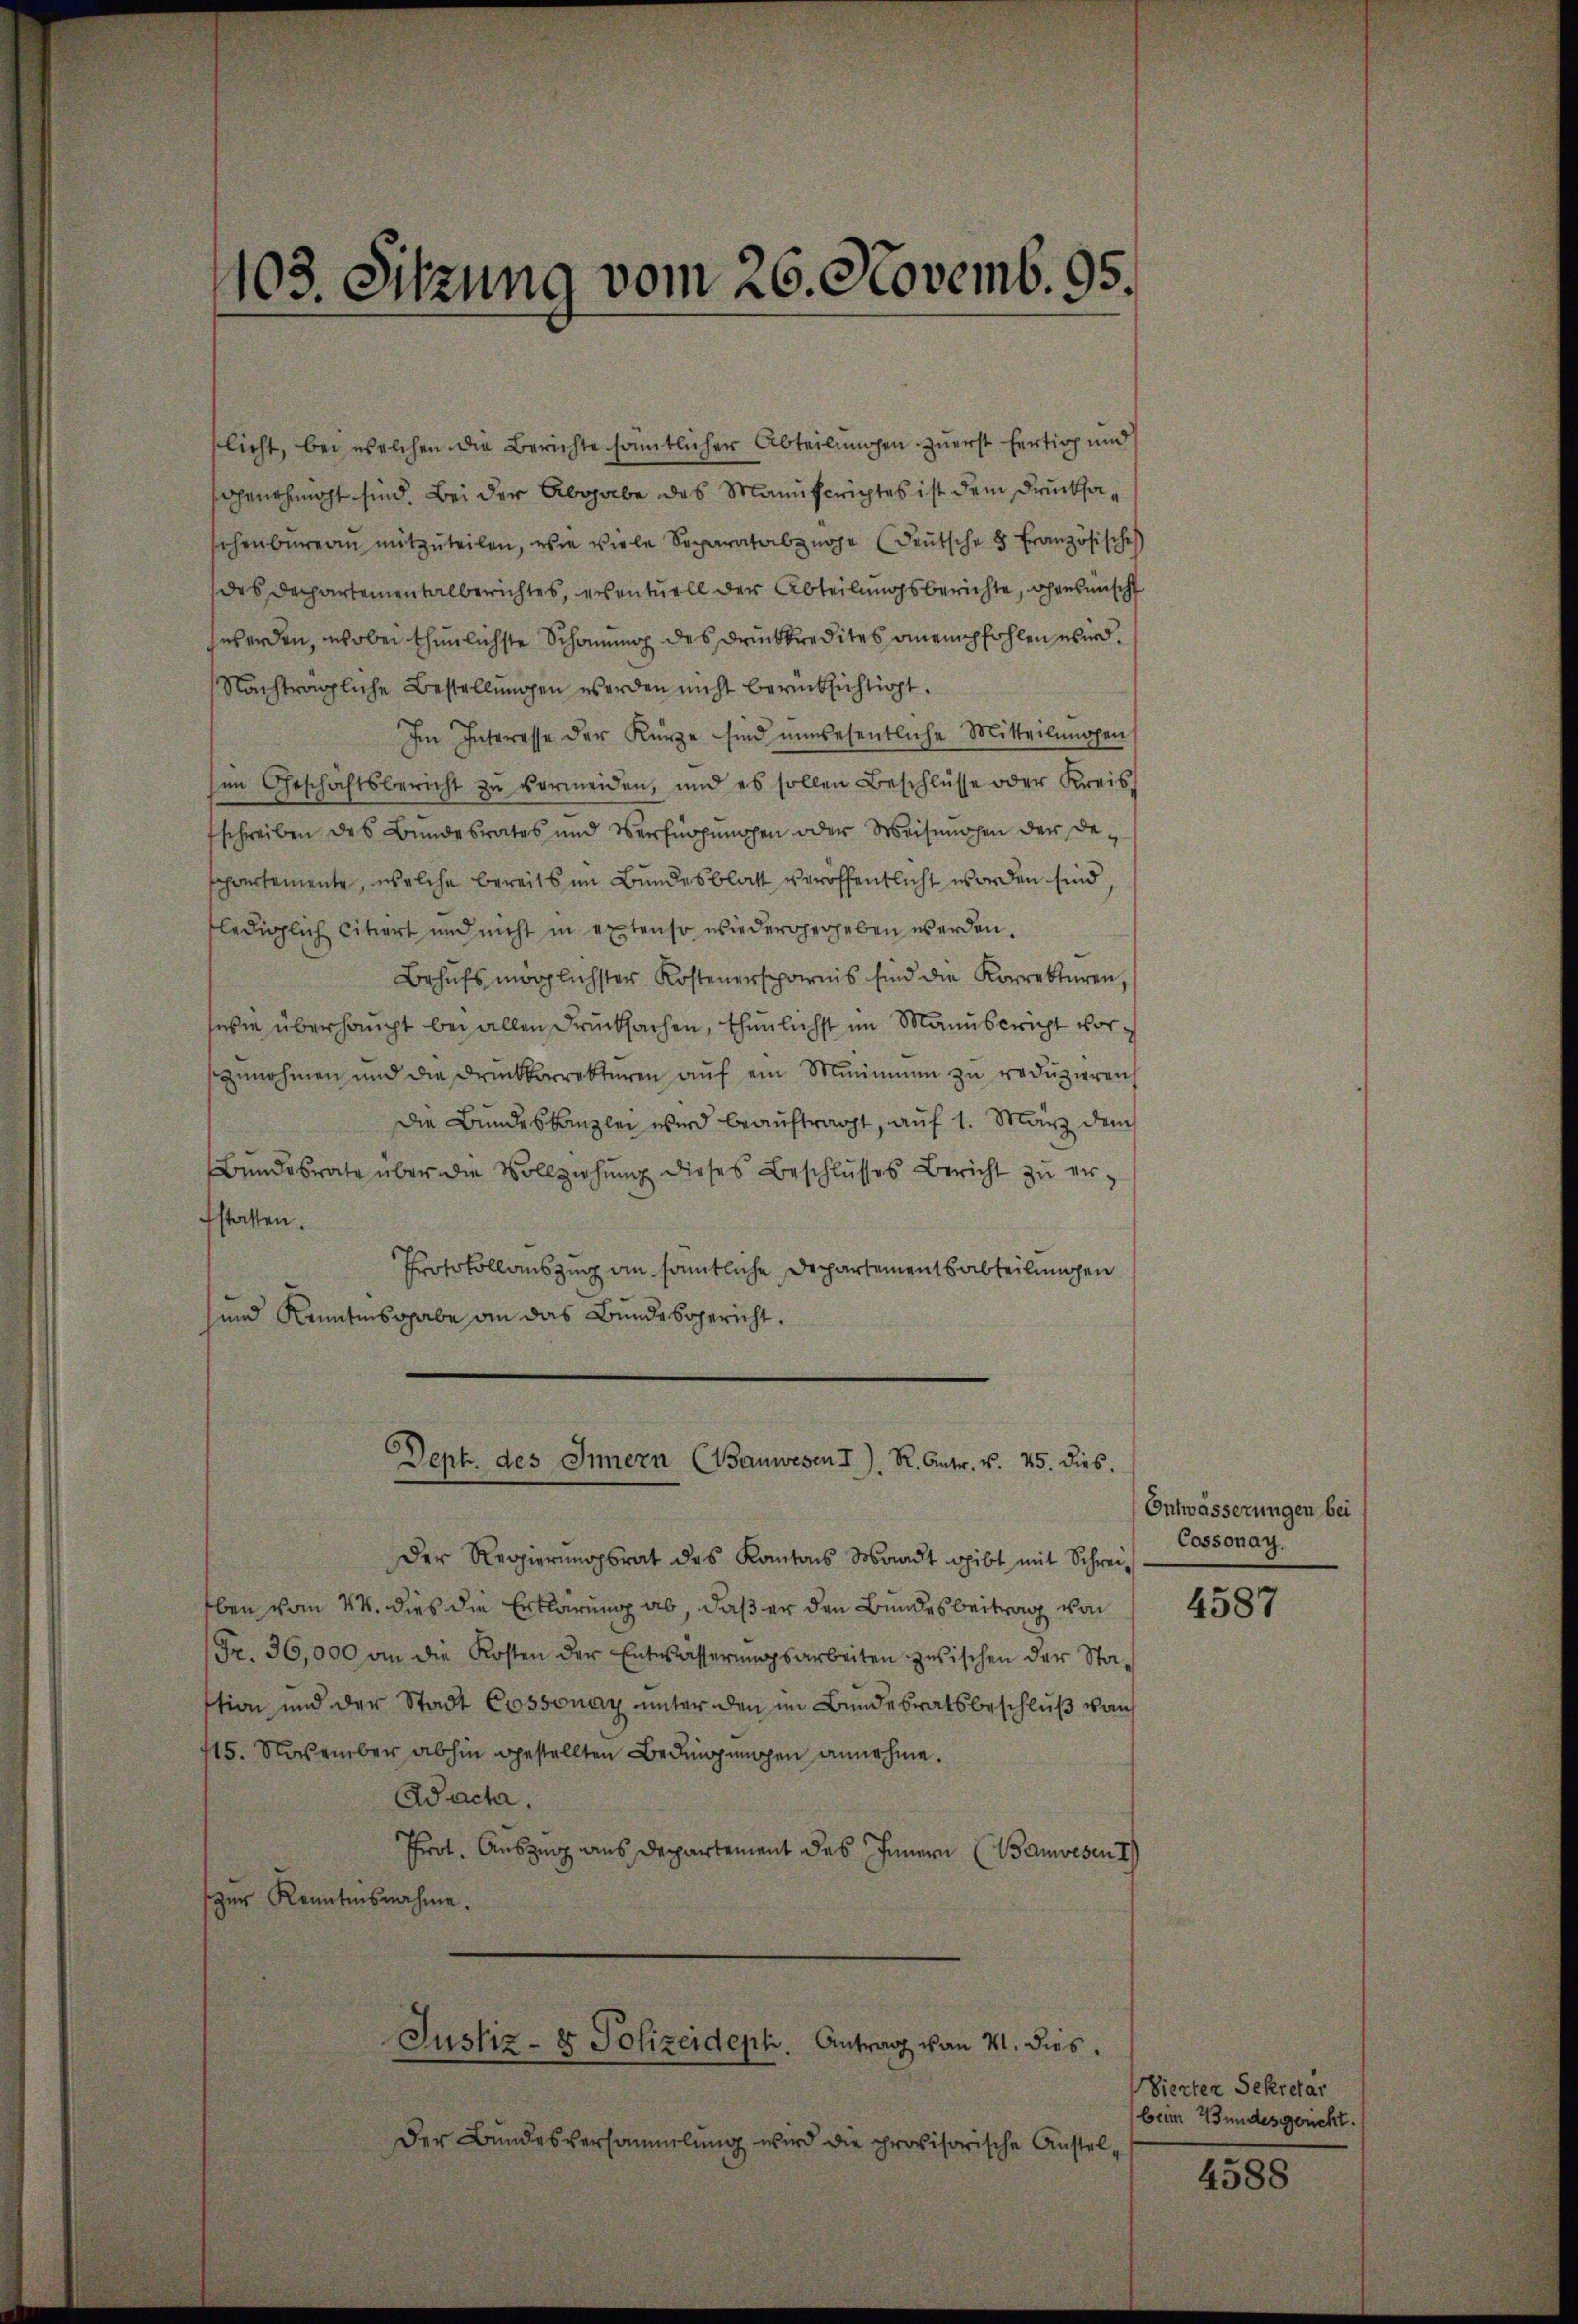
103. Sitzung vom 26. Novemb. 95.

flicht, bei welchen die Berichte sämtlicher Abteilungen zuerst fertig und
Genehmigt sind. Bei der Abgabe des Manuferichtes ist dem Drucksasehenbüreau mitzŭteilen, wie viele Separatabzüge (deŭtsche 8 Französisches
des Dechartementalberichtes, eventuell der Abteilungsberichte, ohnesischt
werden, wobei thunlichste Schauung des Drückkredites anempfohlen wird.
Nachträgliche Bestellungen werden nicht berücksichtigt.
Im Interesse der Kürze sind unwesentliche Mitteilungen
sen Geschichtsbericht zŭ vermeiden, und es sollen Beschlüsse oder Kreis-
schreiben des Bundesrates und Verfügungen oder Weisungen der Deschartemente, welche bereits im Bundesblatt veröffentlicht worden sind
flediglich citiert und nicht in extenso wiedergegeben werden.
Behŭfs möglichster Kostenersparnis sind die Korrekturen
wie überhaupt bei allen Drucksachen, thunlichst im Mann bericht vorzunehmen und die Druckkorrekturen auf ein Minimmen zu reduzieren
Die Bundeskanzlei wird beauftragt, auf 1. März dem
Bŭndesrate über die Vollziehŭng dieses Beschlŭsses Bericht zŭ er-
fstatten.
Protokollauszug an sämmtliche Departementsabteilungen
und Kenntnisgabe an das Bundesgericht.
Dept. des Innern (Bauwesen I. R. Antr. v. 25. dies.
Der Regierungsrat des Kantons Waadt gibt mit Schreiben vom 24. dies die Erklärung ab, daß er den Bundesbeitrag von
Fr. 36,000 an die Kosten der Entwässerŭngsarbeiten zwischen der Sta-
stion und der Stadt Cossonay unter den im Bundesratsbeschluß vom
415. November abhin gestellten Bedingungen annehme.
Ad acta.
Prrot. Auszug aus Departement des Innern (Banwesen I
zur Kenntnisnahme.
Justiz- & Polizeideph. Antrag von 11. dies
Der Bundesversammlung wird die provisorische Anstel¬

Ontwässerungen bei
Cossonay.

4587

Vierten Sekretar
beim Wundesgericht.

4588